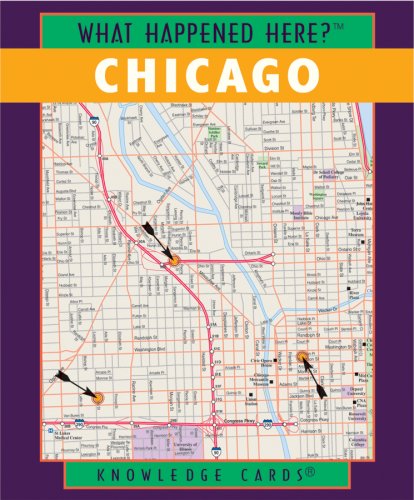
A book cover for What Happened Here? Chicago Knowledge Cards Deck; Pomegranate; Travel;